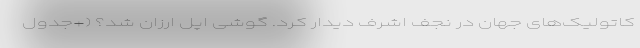
کاتولیک‌های جهان در نجف اشرف دیدار کرد. گوشی اپل ارزان شد؟ (+جدول